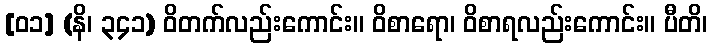
[၀၁] (နိ၊ ၃၄၁) ဝိတက်လည်းကောင်း။ ဝိစာရော၊ ဝိစာရလည်းကောင်း။ ပီတိ၊